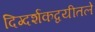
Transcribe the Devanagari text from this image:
दिग्दर्शकद्वयीतले